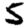
Digit: 5